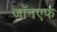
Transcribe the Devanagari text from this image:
जॉनएफ